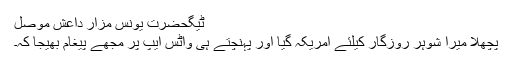
ٹیگحضرت یونس مزار داعش موصل
پچھلا میرا شوہر روزگار کیلئے امریکہ گیا اور پہنچتے ہی واٹس ایپ پر مجھے پیغام بھیجا کہ۔